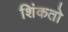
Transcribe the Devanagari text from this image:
शिंकतो